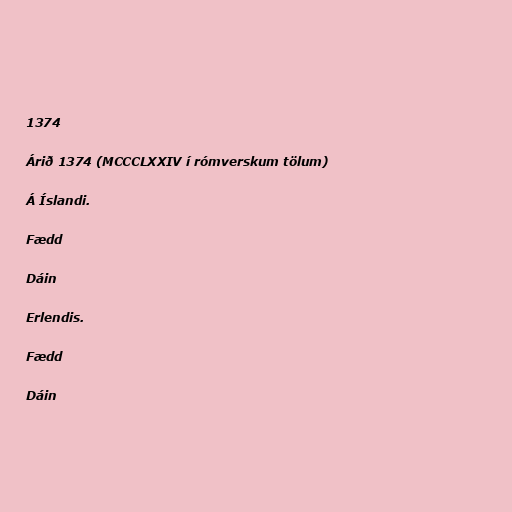
1374

Árið 1374 (MCCCLXXIV í rómverskum tölum)

Á Íslandi.

Fædd

Dáin

Erlendis.

Fædd

Dáin